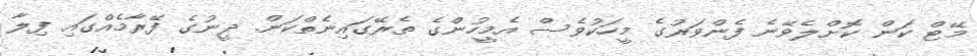
މޭޓް ކަން ކޮށްލެވޭނެ ފެންވަރުގެ މީހަކުވެސް އެމީހުންގެ ތެރޭގައިނެތްކަން. ދީނުގެ ފޭރާމެއްގައި ފިލާ